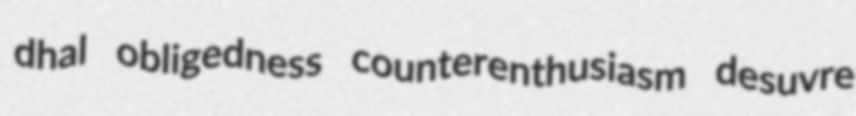
dhal obligedness counterenthusiasm desuvre